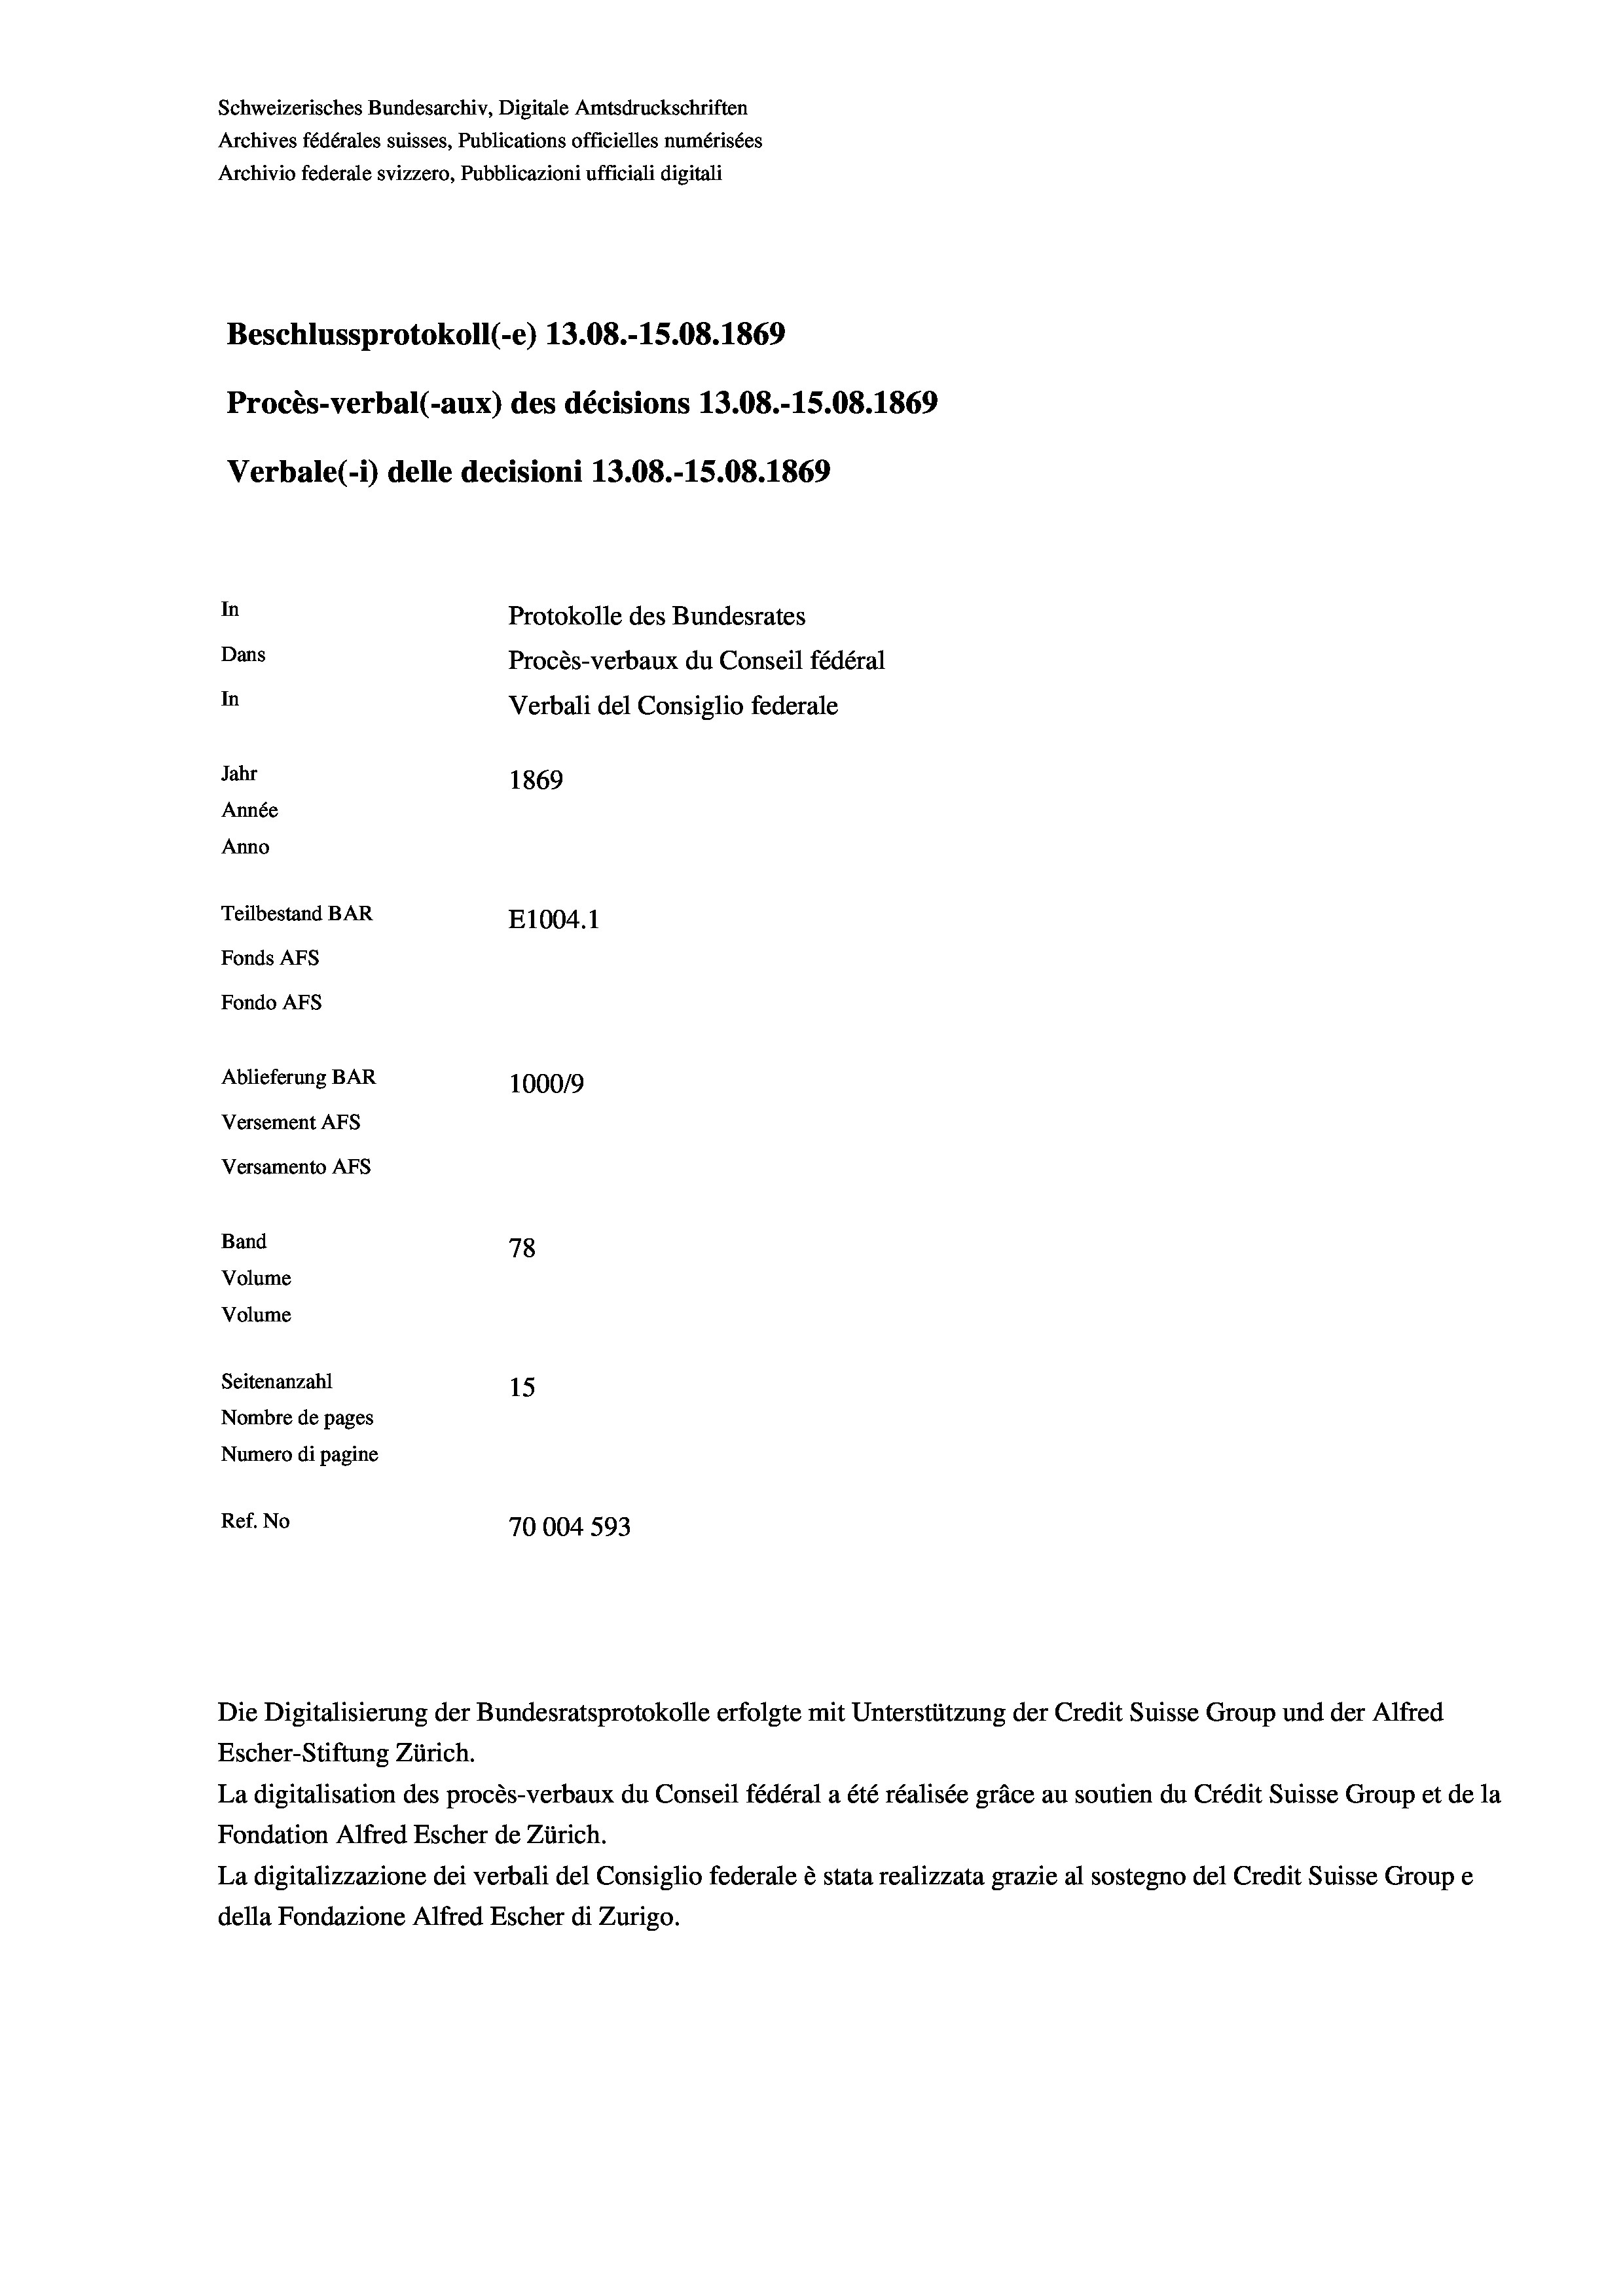
Schweizerisches Bundesarchiv, Digitale Amtsdruckschriften
Archives fédérales suisses, Publications officielles numérisées
Archivio federale svizzero, Pubblicazioni ufficiali digitali
Beschlussprotokoll (-e) 13.08.-15.08. 1869
Procès-verbal (-aux) des décisions 13.08.-15.08. 1869
Verbale (i) delle decisioni 13.08.-15.08. 1869
In
Protokolle des Bundesrates
Dans
Procès-verbaux du Conseil fédéral
In
Verbali del Consiglio federale
Jahr
1869
Année
Anno
Teilbestand BAR
E1004. 1
Fonds AFs
Fondo Afs
Ablieferung BAR
100019
Versement AFs
Versamento Afs
Band
78

Volume
Volume
Seitenanzahl
15
Nombre de pages
Numero di pagine
Ref. No
70004 593

Die Digitalisierung der Bundesratsprotokolle erfolgte mit Unterstützung der Credit Suisse Group und der Alfred
Escher-Stiftung Zürich.
La digitalisation des procès-verbaux du Conseil fédéral a été réalisée gräce au soutien du Crédit Suisse Group et de la
Fondation Alfred Escher de Zürich.
La digitalizzazione dei verbali del Consiglio federale è stata realizzata grazie al sostegno del Credit Suisse Groupe
della Fondazione Alfred Escher di Zurigo.